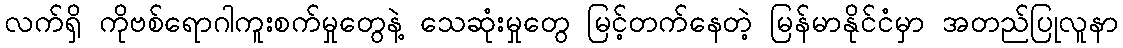
လက်ရှိ ကိုဗစ်ရောဂါကူးစက်မှုတွေနဲ့ သေဆုံးမှုတွေ မြင့်တက်နေတဲ့ မြန်မာနိုင်ငံမှာ အတည်ပြုလူနာ